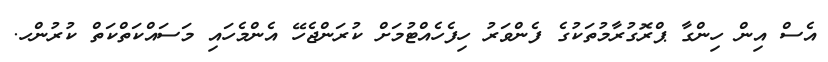
އެސް އިން ހިންގާ ޕްރޮގުރާމުތަކުގެ ފެންވަރު ހިފެހެއްޓުމަށް ކުރަންޖެހޭ އެންމެހައި މަސައްކަތްކަތް ކުރުންހ.